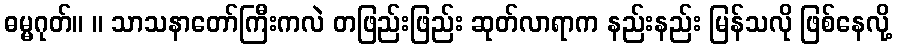
ဓမ္မဂုတ်။ ။ သာသနာတော်ကြီးကလဲ တဖြည်းဖြည်း ဆုတ်လာရာက နည်းနည်း မြန်သလို ဖြစ်နေလို့